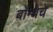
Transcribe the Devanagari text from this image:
बाँम्बेचे